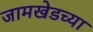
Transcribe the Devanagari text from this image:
जामखेडच्या